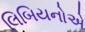
લિબિયનોએ